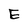
Character: E